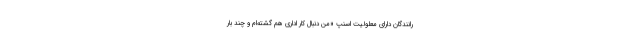
رانندگان دارای معلولیت اسنپ «من دنبال کار اداری هم گشته‌ام و چند بار